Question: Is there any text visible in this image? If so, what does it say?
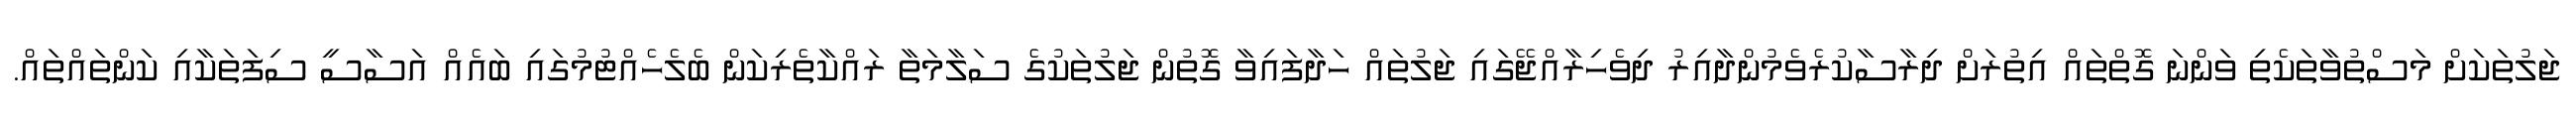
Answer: ޖަލުތަކަށް މަސްތުވާތަކެތި ވަންނަ ގޮތްތައް އިތުރަށް ދިރާސާކުރެވެމުންދާއިރު ދިވެހިރާއްޖޭގައި ޖަލުތައް ހަދާފައިވާ ގޮތުން ޖަލުތަކުގެ ސަލާމަތާ ރައްކާތެރިކަން ބެލެހެއްޓުމުގައި ބައެއް އަސާސީ ސިފަތަކާއި ކަންތައްތައް.